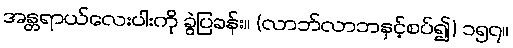
အန္တရာယ်လေးပါးကို ခွဲပြခန်း။ (လာဘ်လာဘနှင့်စပ်၍) ၁၅၇။